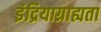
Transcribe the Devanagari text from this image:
इंद्रियाग्राह्यता